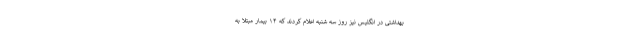
بهداشتی در انگلیس نیز روز سه شنبه اعلام کردند که ۱۴ بیمار مبتلا به